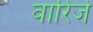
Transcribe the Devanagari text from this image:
वारिजे